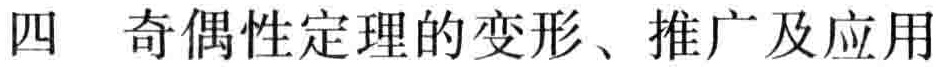
四 奇偶性定理的变形、推广及应用